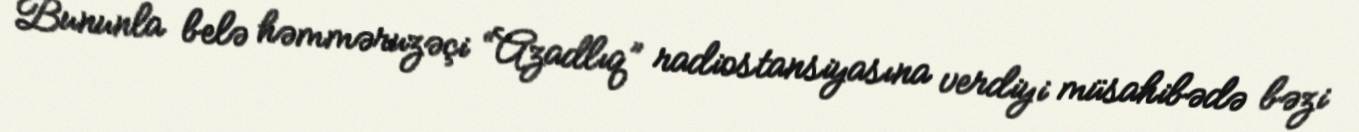
Bununla belə həmməruzəçi “Azadlıq” radiostansiyasına verdiyi müsahibədə bəzi